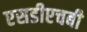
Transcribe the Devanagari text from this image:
एसडीएचबी